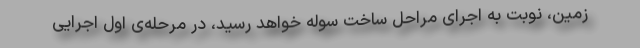
زمین، نوبت به اجرای مراحل ساخت سوله خواهد رسید، در مرحله‌ی اول اجرایی